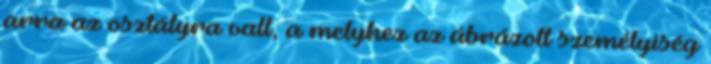
arra az osztályra vall, a melyhez az ábrázolt személyiség